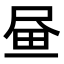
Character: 𡱮